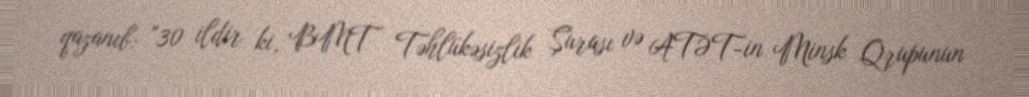
qazanıb: "30 ildir ki, BMT Təhlükəsizlik Şurası və ATƏT-in Minsk Qrupunun